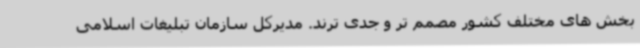
بخش های مختلف کشور مصمم تر و جدی ترند. مدیرکل سازمان تبلیغات اسلامی